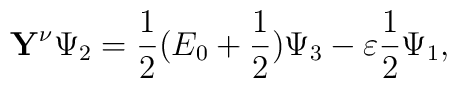
\mathbf{Y}^\nu\Psi_2=\frac{1}{2}(E_0+\frac{1}{2})\Psi_3 -\varepsilon\frac{1}{2}\Psi_1,